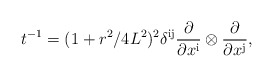
\begin{align*}t^{-1} = (1+r^2/4 L^2)^2 \delta^{\mathrm{ij}} {\partial\over\partial x^{\mathrm{i}}}\otimes {\partial\over\partial x^{\mathrm{j}}},\end{align*}